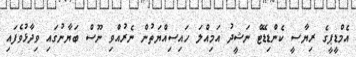
އެމްޑީޕީގެ ރިޔާސީ ކެންޑިޑޭޓް ނަޝީދު އަމިއްލަ ހައިސިއްޔަތުން ނެރުއްވި ނޫސް ބަޔާނުގައި ވިދާޅުވެފައި